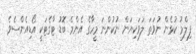
ފިލްމު ކުޅެން ނުވަތަ ލަވަކިޔަން ނުކުންނަ މީހާގެ އެންމެ ބޮޑު ޓާގެޓަކީ އޯޑިއެންސެވެ.